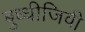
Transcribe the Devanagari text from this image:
बुध्धीजिवी